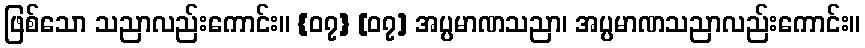
ဖြစ်သော သညာလည်းကောင်း။ {၀၇} [၀၇] အပ္ပမာဏသညာ၊ အပ္ပမာဏသညာလည်းကောင်း။